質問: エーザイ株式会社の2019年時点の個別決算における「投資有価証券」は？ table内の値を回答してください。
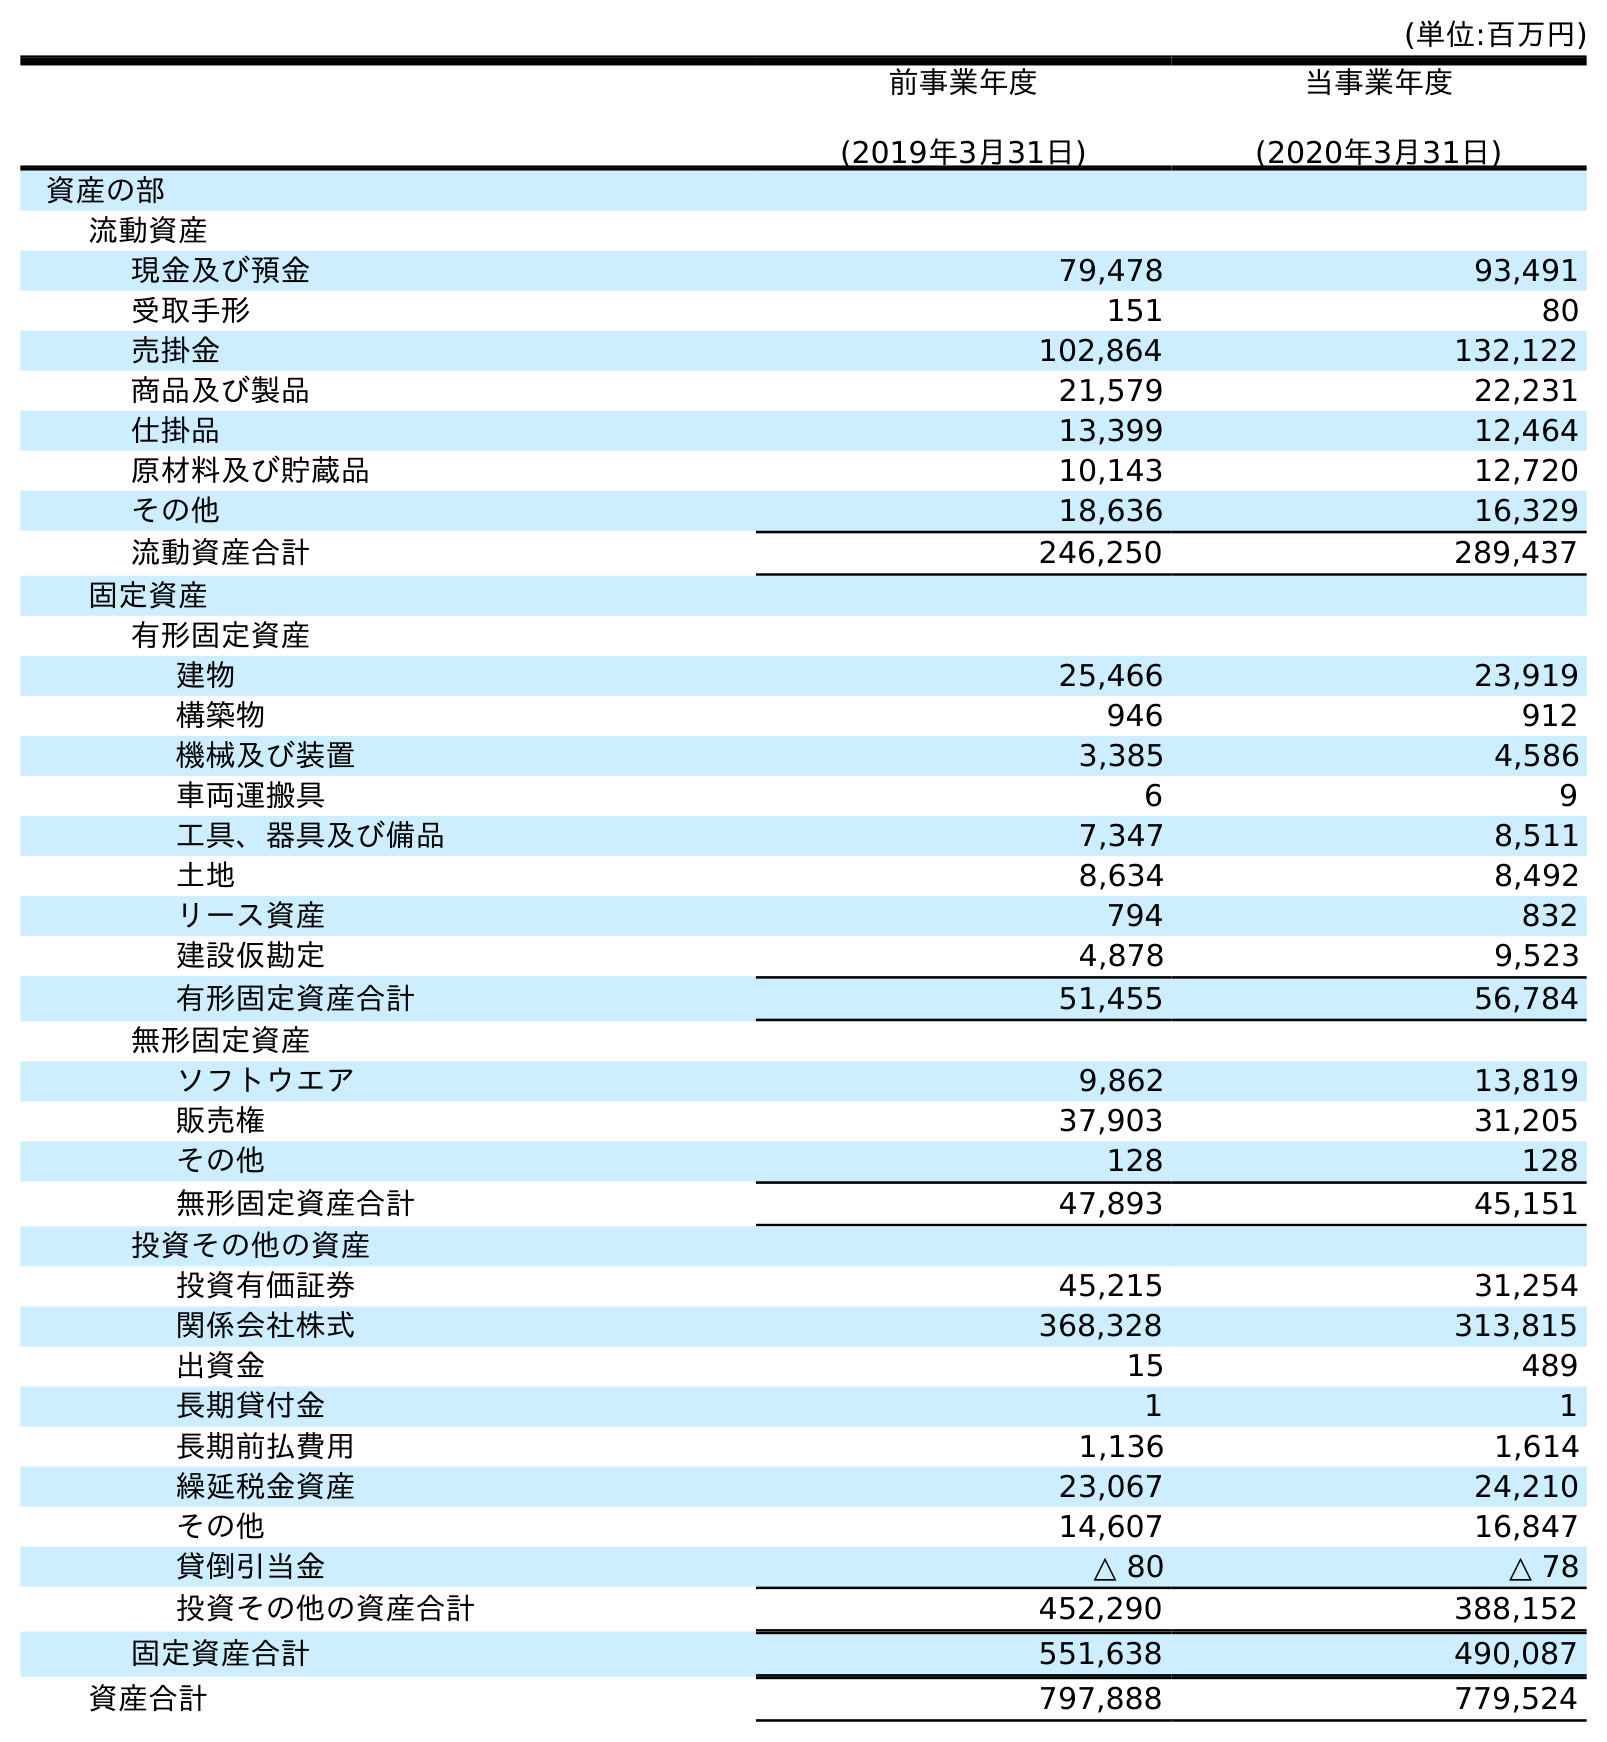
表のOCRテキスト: (単位:百万円) 前事業年度 (2019年3月31日) 当事業年度 (2020年3月31日) 資産の部 流動資産 現金及び預金 79,478 93,491 受取手形 151 80 売掛金 102,864 132,122 商品及び製品 21,579 22,231 仕掛品 13,399 12,464 原材料及び貯蔵品 10,143 12,720 その他 18,636 16,329 流動資産合計 246,250 289,437 固定資産 有形固定資産 建物 25,466 23,919 構築物 946 912 機械及び装置 3,385 4,586 車両運搬具 6 9 工具、器具及び備品 7,347 8,511 土地 8,634 8,492 リース資産 794 832 建設仮勘定 4,878 9,523 有形固定資産合計 51,455 56,784 無形固定資産 ソフトウエア 9,862 13,819 販売権 37,903 31,205 その他 128 128 無形固定資産合計 47,893 45,151 投資その他の資産 投資有価証券 45,215 31,254 関係会社株式 368,328 313,815 出資金 15 489 長期貸付金 1 1 長期前払費用 1,136 1,614 繰延税金資産 23,067 24,210 その他 14,607 16,847 貸倒引当金 △ 80 △ 78 投資その他の資産合計 452,290 388,152 固定資産合計 551,638 490,087 資産合計 797,888 779,524
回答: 45,215